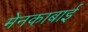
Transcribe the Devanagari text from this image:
मेनकाबाई